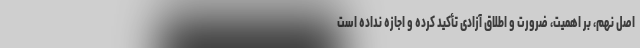
اصل نهم، بر اهمیت، ضرورت و اطلاق آزادی تأکید کرده و اجازه نداده است